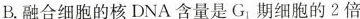
B.融合细胞的核DNA含量是G_{1}期细胞的2倍